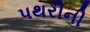
પથરીની